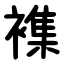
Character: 襍